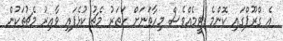
އެ ގްރޫޕްގައި ކޮންމެ ޓީމެއްވެސް މިހާތަނަށް ހަތަރު މެޗު ކުޅެފައި ވާއިރު މެޗުތަކުން